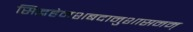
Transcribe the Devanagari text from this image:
सिद्धहेमशबदानुशासनम्